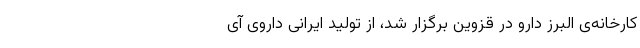
کارخانه‌ی البرز دارو در قزوین برگزار شد، از تولید ایرانی داروی آی